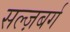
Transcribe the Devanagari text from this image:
सल्ज़बर्ग